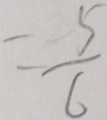
= \frac { 5 } { 6 }